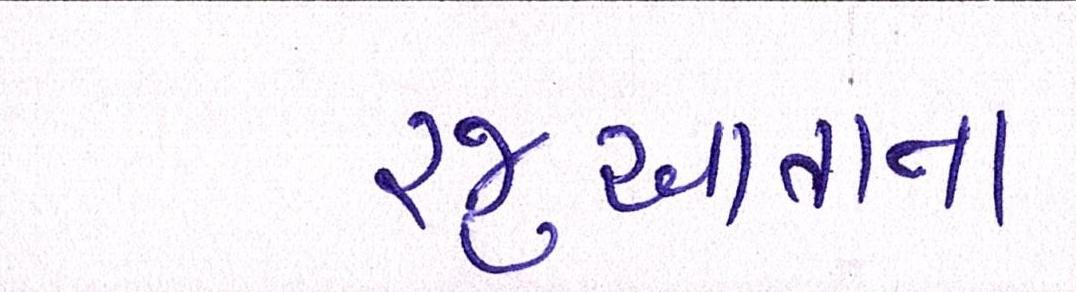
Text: રજુઆતના